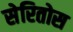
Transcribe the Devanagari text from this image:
सेरितोस